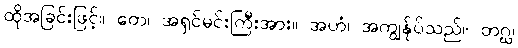
ထိုအခြင်းဖြင့်။ တေ၊ အရှင်မင်းကြီးအား။ အဟံ၊ အကျွန်ုပ်သည်။ တဂ္ဃ၊